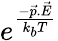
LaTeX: e^{\frac{-\vec{p}.\vec{E}}{k_{b}T}}